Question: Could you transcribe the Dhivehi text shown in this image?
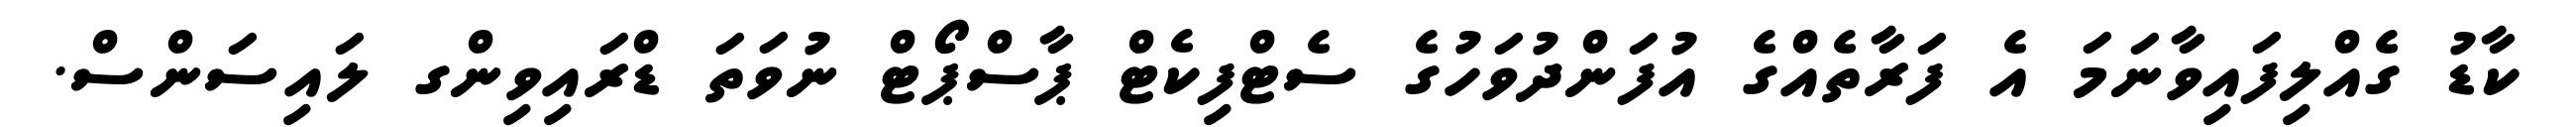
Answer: ކާޑު ގެއްލިފައިވާނަމަ އެ ފަރާތެއްގެ އުފަންދުވަހުގެ ސެޓްފިކެޓް ޕާސްޕޯޓް ނުވަތަ ޑްރައިވިންގ ލައިސަންސް.